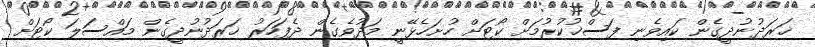
ޚަރަދުނުދީގެން ކައިވެނި ފަސްޚުކުރުމަށް ކޯޓަށް ހުށަހެޅޭނީ މަދުވެގެން ދެފަހަރު ޚަރަދުނުދީގެން މައްސަލަ ކޯޓަށް